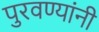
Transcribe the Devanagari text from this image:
पुरवण्यांनी